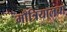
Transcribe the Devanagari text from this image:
माँत्रियालचा